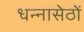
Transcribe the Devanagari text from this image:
धन्नासेठों